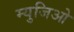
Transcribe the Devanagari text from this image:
म्युजिओ